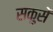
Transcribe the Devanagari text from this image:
सकुसें